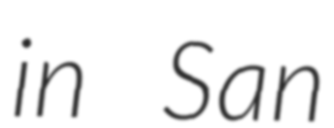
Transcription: in San